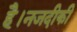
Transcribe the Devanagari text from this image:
है।नजदीकी